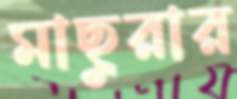
মাছুরার